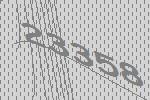
23358